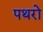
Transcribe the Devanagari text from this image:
पथरो